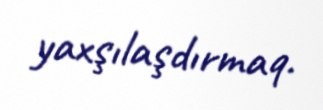
yaxşılaşdırmaq.